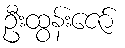
ဦးထွန်းဇော်